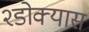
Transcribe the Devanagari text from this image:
२डोक्यास